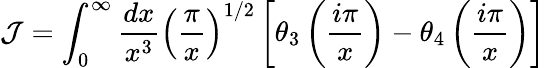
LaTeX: {\cal J}=\int_{0}^{\infty}{\frac{dx}{x^{3}}}\left({\frac{\pi}{x}}\right)^{1/2}\left[\theta_{3}\left({\frac{i\pi}{x}}\right)-\theta_{4}\left({\frac{i\pi}{x}}\right)\right]